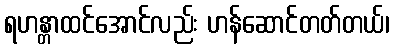
ရဟန္တာထင်အောင်လည်း ဟန်ဆောင်တတ်တယ်၊